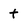
Character: t